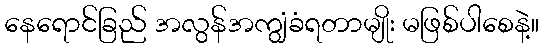
နေရောင်ခြည် အလွန်အကျွံခံရတာမျိုး မဖြစ်ပါစေနဲ့။